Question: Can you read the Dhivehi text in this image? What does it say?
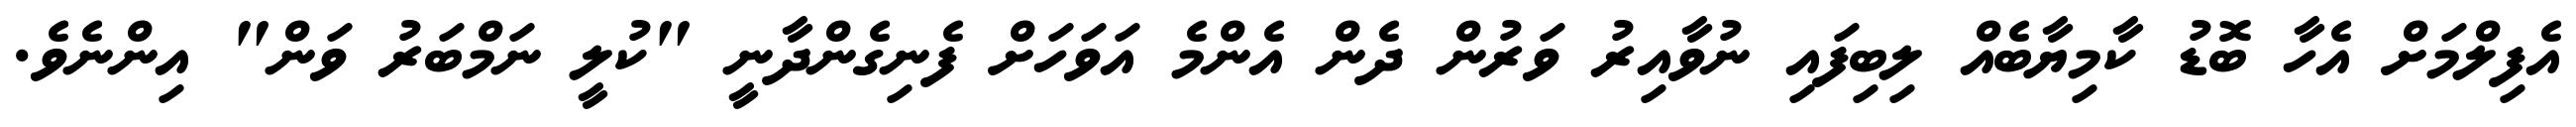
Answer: އެފިލްމަށް އެހާ ބޮޑު ކާމިޔާބެއް ލިބިފައި ނުވާއިރު ވަރުން ދެން އެންމެ އަވަހަށް ފެނިގެންދާނީ "ކުލީ ނަމްބަރު ވަން" އިންނެވެ.